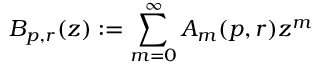
B _ { p , r } ( z ) : = \sum _ { m = 0 } ^ { \infty } A _ { m } ( p , r ) z ^ { m }